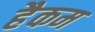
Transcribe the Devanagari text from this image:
हैकम